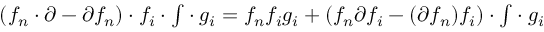
( f _ { n } \cdot \ensuremath { \partial } - \ensuremath { \partial } { f _ { n } } ) \cdot { f _ { i } } \cdot \ensuremath { { \textstyle \int } } \cdot { g _ { i } } = f _ { n } f _ { i } g _ { i } + ( f _ { n } \ensuremath { \partial } { f _ { i } } - ( \ensuremath { \partial } { f _ { n } } ) f _ { i } ) \cdot \ensuremath { { \textstyle \int } } \cdot { g _ { i } }